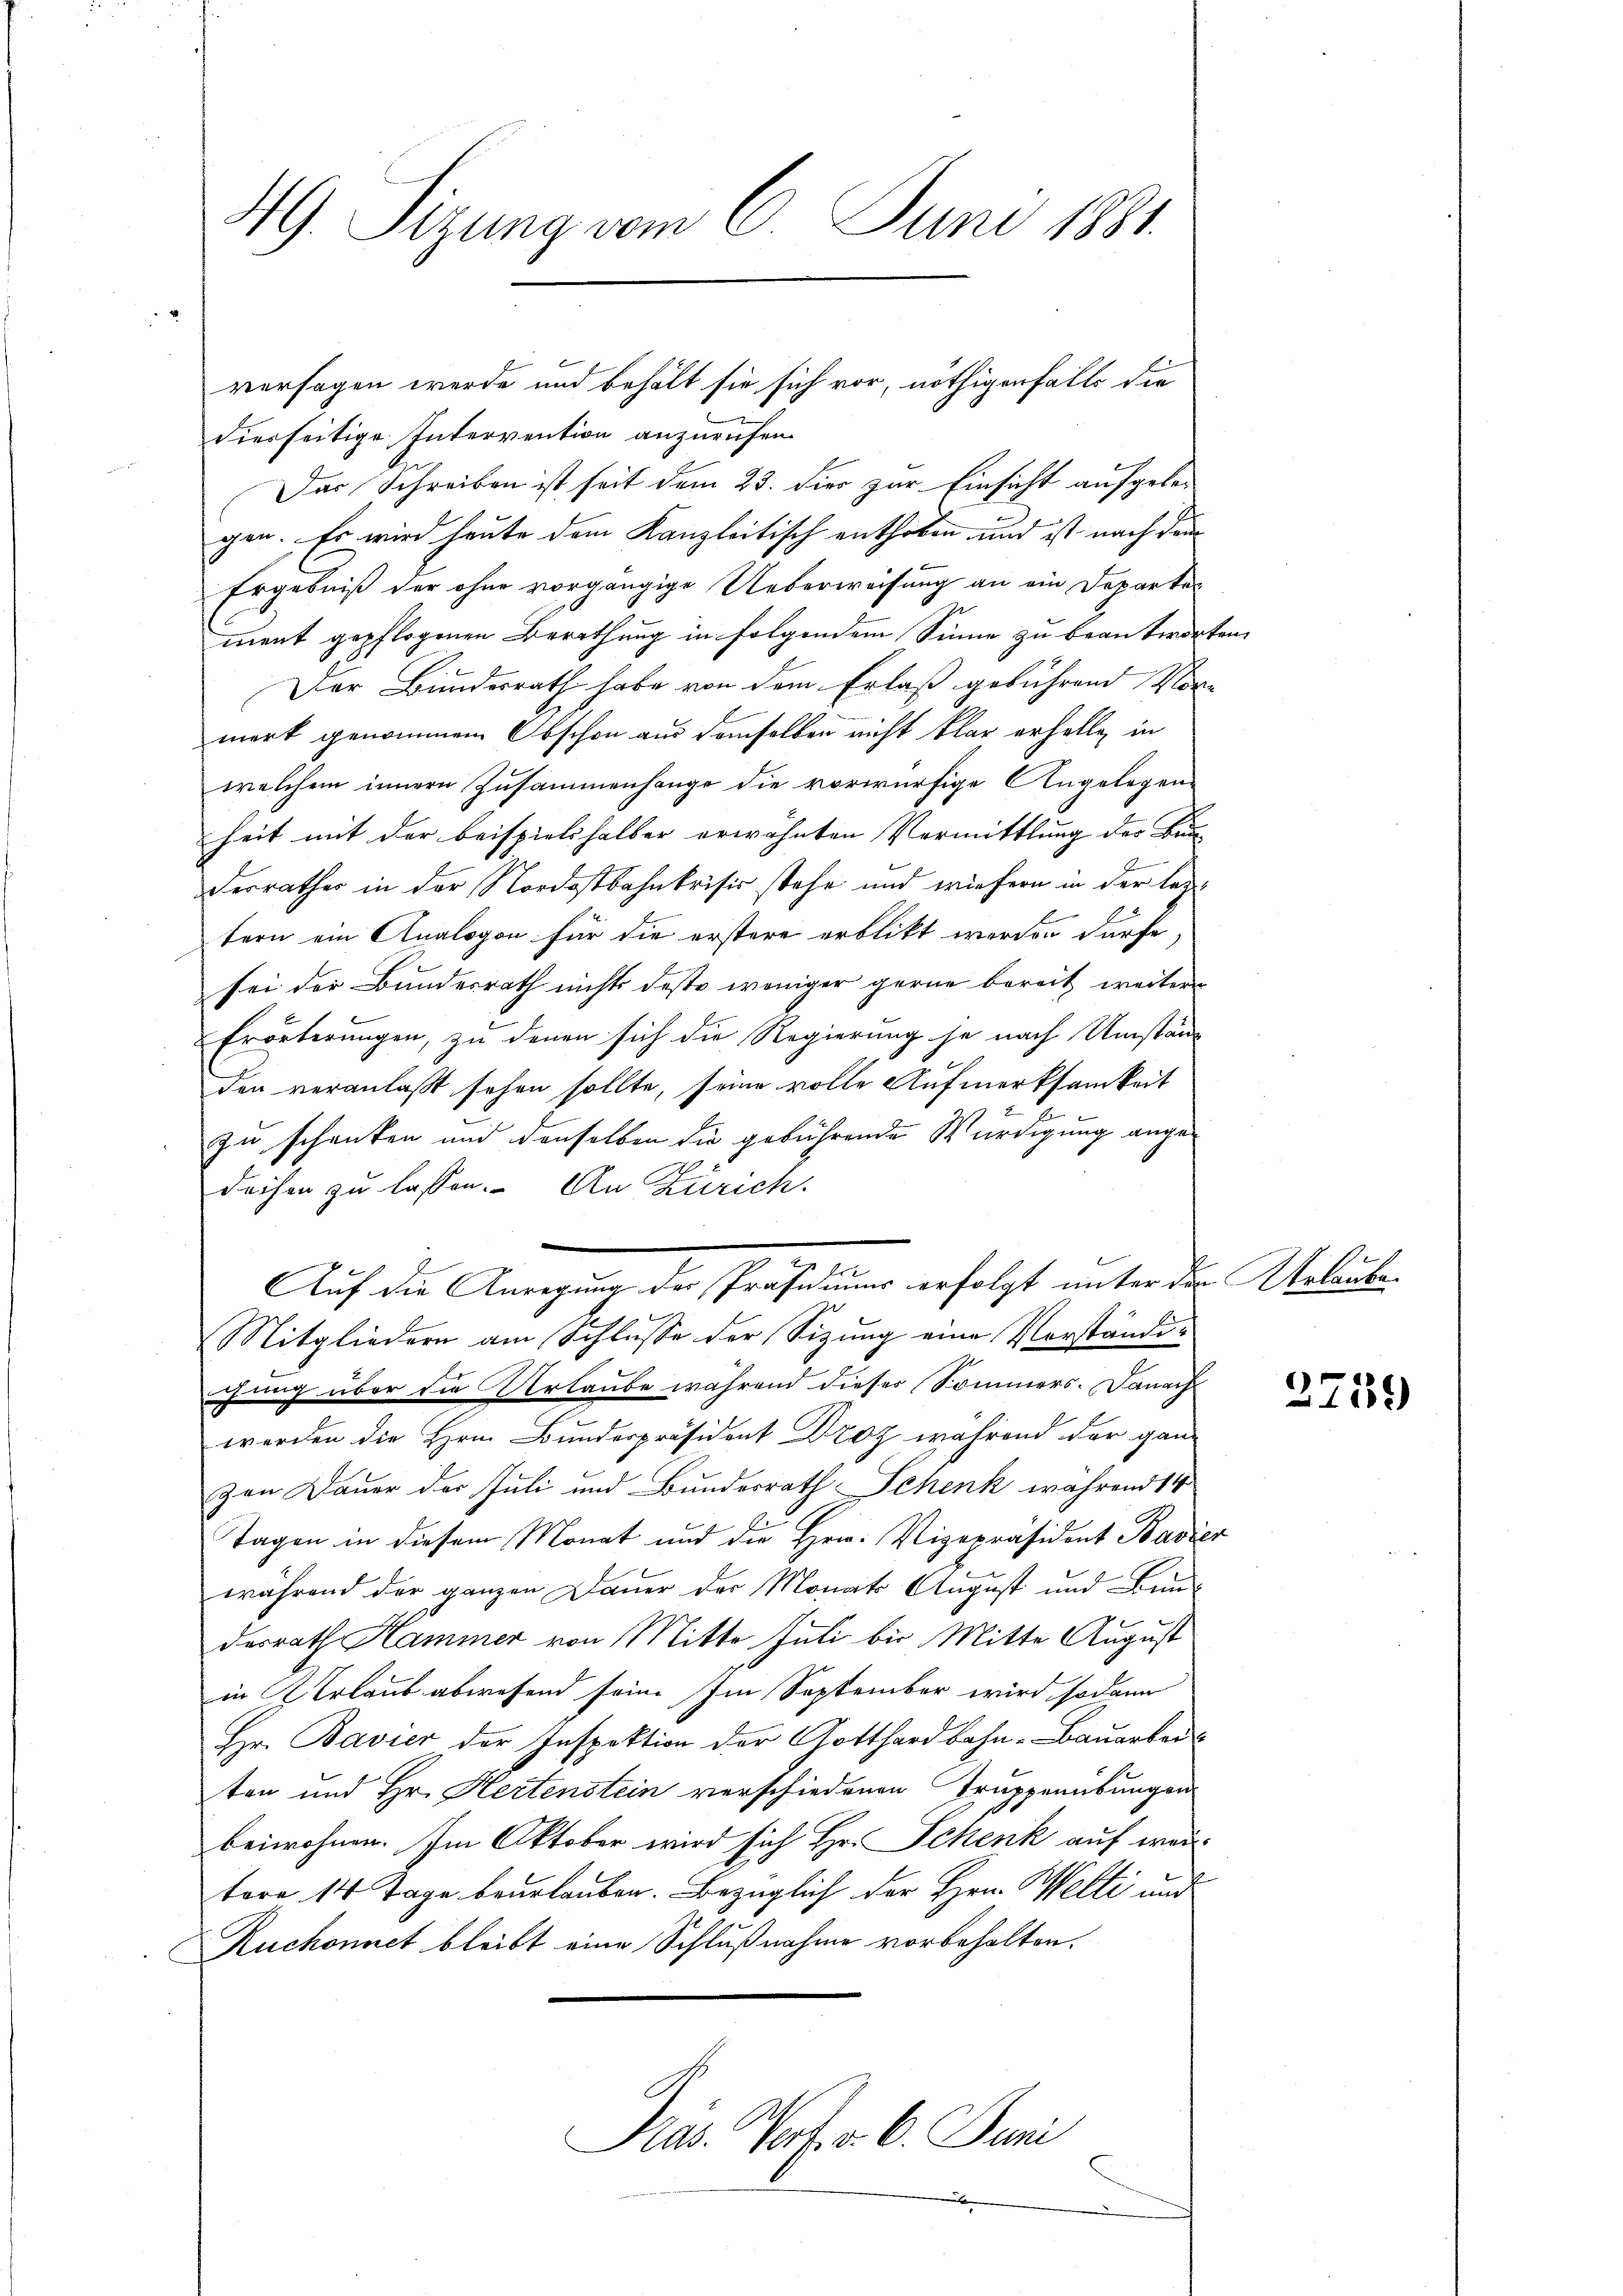
49. Sizung vom 6. Juni 1881.

dierseitige Intervention anzurufen.
Der Schreiben ist seit dem 23. Dier zur Einsicht aufgele-
gen. Es wird heute dem Kanzleitisch enthoben und ist nach den
Ergebniß der ohne vorgängige Ueberweisung an ein Departe
ment gepflogenen Berathung in folgendem Sinne zu beantworten.
A
Der Bundesrath habe von dem Erlaß gebührend Vor
merk genommen Obschon aus demselben nicht klar erhalte, in
welchem innern Zusammenhange die vorwürfige Angelegen-
heit mit der Beispielshalber erwähnten Vermittlung der Bun-
derrathes in der Nordostbahnkrisis stehe und wiefern in der leztern ein Analogon für die erstere erblickt werden dürfe,
sei der Bundesrath nichts deste weniger gerne bereit weiter
Erörterungen, zu denen sich die Regierung je nach Umständ
den veranlaßt sehen sollte, seine volle Aufmerksamkeit
zu schenken und denselben die gebührende Würdigung angedeihen zu lassen. An Zürich.
Auf die Anregung der Präsidium erfolgt unter der Urlaube
Mitgliedern am Schlusse der Sizung eine Verständiihung über die Urlaube während dieser Sommers. Danach
werden die Hrn. Bundespräsident Droz während der ganz
zen Dauer der Juli und Bundesrath Schenk während 14
Tagen in diesem Monat und die Hrn. Vizepräsident Bavier
während der ganzen Dauer der Monats August und Bun-
desrath Hammer von Mitte Juli bis Mitte August
in Urlaub abwesend sein. Im September wird sodann
Hr. Bavier der Inspektion der Gotthardbahn-Bauarbeiten und Hr. Hertenstein verschiedenen Truppenübungen
beiwohnen. Im Oktober wird sich Hr. Schenk auf weitere 14 Tage beurlauben. Bezüglich der Hrn. Welti und
Ruchonnet bleibt eine Schlußnahme vorbehalten.

versagen werde und behält sie sich vor, nöthigenfalls die

Präs. Vort. v. 6. Juni

2759